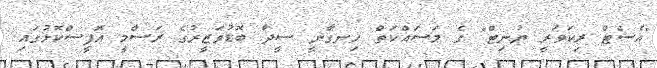
"އެސެޓް ރިކަވަރީ ޔުނިޓް" ގެ މަސައްކަތް ހިނގާނީ ސީދާ ބޮޑުވަޒީރުގެ ރަސްމީ އޮފީސްކޮޅުގައި